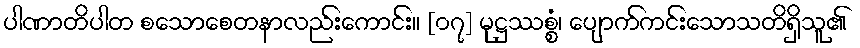
ပါဏာတိပါတ စသောစေတနာလည်းကောင်း။ [၀၇] မုဋ္ဌဿစ္စံ၊ ပျောက်ကင်းသောသတိရှိသူ၏